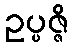
ဥပ္ပဇ္ဇိ